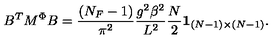
B ^ { T } M ^ { \Phi } B = { \frac { ( N _ { F } - 1 ) } { \pi ^ { 2 } } } { \frac { g ^ { 2 } \beta ^ { 2 } } { L ^ { 2 } } } { \frac { N } { 2 } } { \bf 1 } _ { ( N - 1 ) \times ( N - 1 ) } .